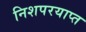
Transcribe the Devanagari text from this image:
निशपरयाप्त